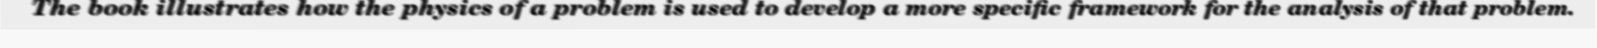
The book illustrates how the physics of a problem is used to develop a more specific framework for the analysis of that problem.